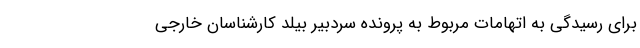
برای رسیدگی به اتهامات مربوط به پرونده سردبیر بیلد کارشناسان خارجی